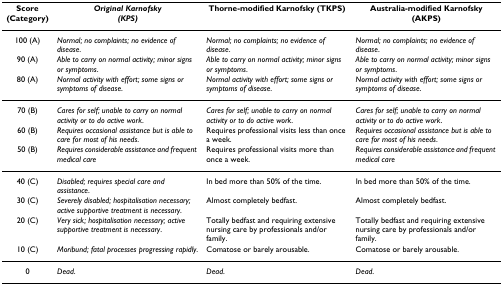
<table><thead><tr><td><b>Score (Category)</b></td><td><b><i>Original Karnofsky (KPS)</i></b></td><td><b>Thorne-modified Karnofsky (TKPS)</b></td><td><b>Australia-modified Karnofsky (AKPS)</b></td></tr></thead><tbody><tr><td>100 (A)</td><td><i>Normal; no complaints; no evidence of disease</i>.</td><td><i>Normal; no complaints; no evidence of disease</i>.</td><td><i>Normal; no complaints; no evidence of disease</i>.</td></tr><tr><td>90 (A)</td><td><i>Able to carry on normal activity; minor signs or symptoms</i>.</td><td><i>Able to carry on normal activity; minor signs or symptoms</i>.</td><td><i>Able to carry on normal activity; minor signs or symptoms</i>.</td></tr><tr><td>80 (A)</td><td><i>Normal activity with effort; some signs or symptoms of disease</i>.</td><td><i>Normal activity with effort; some signs or symptoms of disease</i>.</td><td><i>Normal activity with effort; some signs or symptoms of disease</i>.</td></tr><tr><td>70 (B)</td><td><i>Cares for self; unable to carry on normal activity or to do active work</i>.</td><td><i>Cares for self; unable to carry on normal activity or to do active work</i>.</td><td><i>Cares for self; unable to carry on normal activity or to do active work</i>.</td></tr><tr><td>60 (B)</td><td><i>Requires occasional assistance but is able to care for most of his needs</i>.</td><td>Requires professional visits less than once a week.</td><td><i>Requires occasional assistance but is able to care for most of his needs</i>.</td></tr><tr><td>50 (B)</td><td><i>Requires considerable assistance and frequent medical care</i></td><td>Requires professional visits more than once a week.</td><td><i>Requires considerable assistance and frequent medical care</i></td></tr><tr><td>40 (C)</td><td><i>Disabled; requires special care and assistance</i>.</td><td>In bed more than 50% of the time.</td><td>In bed more than 50% of the time.</td></tr><tr><td>30 (C)</td><td><i>Severely disabled; hospitalisation necessary; active supportive treatment is necessary</i>.</td><td>Almost completely bedfast.</td><td>Almost completely bedfast.</td></tr><tr><td>20 (C)</td><td><i>Very sick; hospitalisation necessary; active supportive treatment is necessary</i>.</td><td>Totally bedfast and requiring extensive nursing care by professionals and/or family.</td><td>Totally bedfast and requiring extensive nursing care by professionals and/or family.</td></tr><tr><td>10 (C)</td><td><i>Moribund; fatal processes progressing rapidly</i>.</td><td>Comatose or barely arousable.</td><td>Comatose or barely arousable.</td></tr><tr><td>0</td><td><i>Dead</i>.</td><td><i>Dead</i>.</td><td><i>Dead</i>.</td></tr></tbody></table>